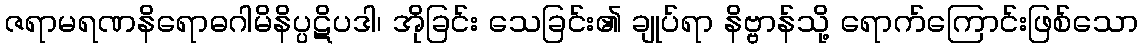
ဇရာမရဏနိရောဓဂါမိနိပ္ပဋိပဒါ၊ အိုခြင်း သေခြင်း၏ ချုပ်ရာ နိဗ္ဗာန်သို့ ရောက်ကြောင်းဖြစ်သော